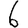
Digit: 6